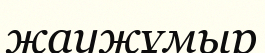
жаужұмыр